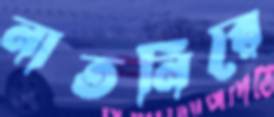
নাতনিরে